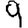
Digit: 9